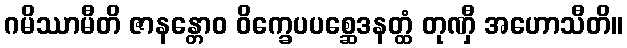
ဂမိဿာမီတိ ဇာနန္တောဝ ဝိက္ခေပပစ္ဆေဒနတ္ထံ တုဏှီ အဟောသီတိ။